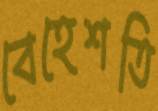
বেহেশতি